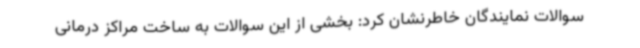
سوالات نمایندگان خاطرنشان کرد: بخشی از این سوالات به ساخت مراکز درمانی